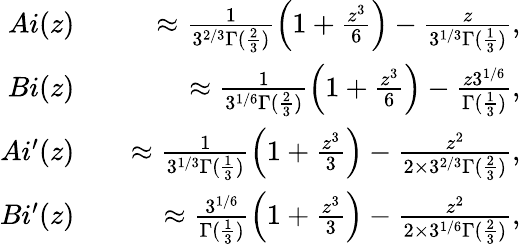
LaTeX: \begin{array}{rlr}{Ai(z)}&{{}}&{\approx\frac{1}{3^{2/3}\Gamma(\frac{2}{3})}\left(1+\frac{z^{3}}{6}\right)-\frac{z}{3^{1/3}\Gamma(\frac{1}{3})},}\\ {Bi(z)}&{{}}&{\approx\frac{1}{3^{1/6}\Gamma(\frac{2}{3})}\left(1+\frac{z^{3}}{6}\right)-\frac{z3^{1/6}}{\Gamma(\frac{1}{3})},}\\ {Ai^{\prime}(z)}&{{}}&{\approx\frac{1}{3^{1/3}\Gamma(\frac{1}{3})}\left(1+\frac{z^{3}}{3}\right)-\frac{z^{2}}{2\times 3^{2/3}\Gamma(\frac{2}{3})},}\\ {Bi^{\prime}(z)}&{{}}&{\approx\frac{3^{1/6}}{\Gamma(\frac{1}{3})}\left(1+\frac{z^{3}}{3}\right)-\frac{z^{2}}{2\times 3^{1/6}\Gamma(\frac{2}{3})},}\end{array}